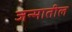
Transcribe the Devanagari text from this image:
जन्‍मातील